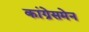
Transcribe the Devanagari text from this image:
कांग्रेसमेन